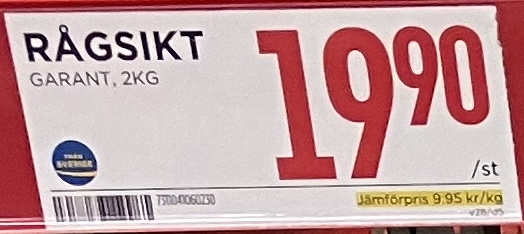
Vara: Rågsikt
Genomsnittspris: 9.95 per kg